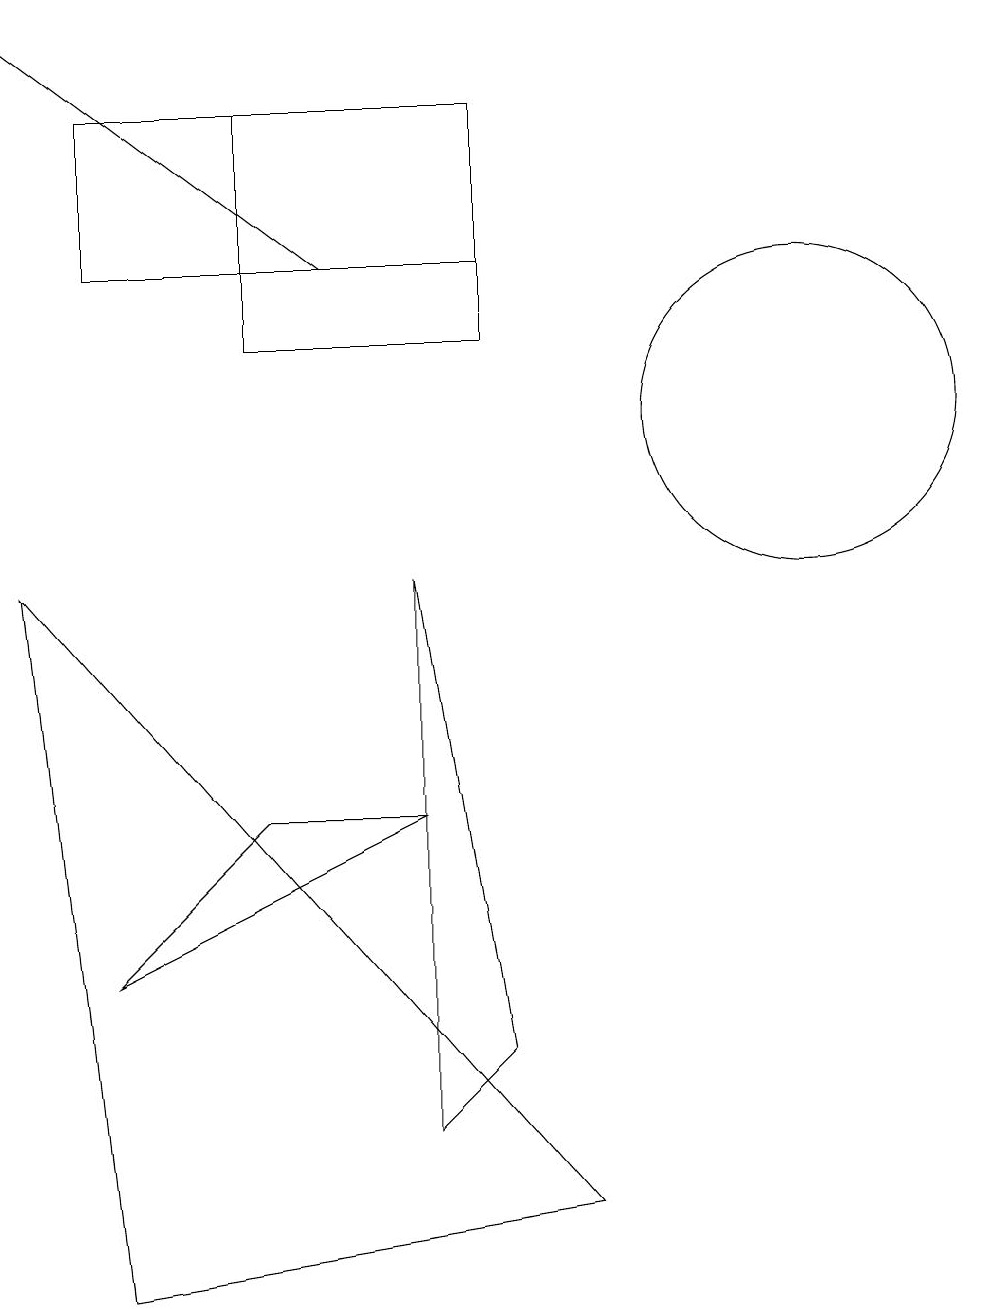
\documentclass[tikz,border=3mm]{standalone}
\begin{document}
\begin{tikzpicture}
\draw (4,12) rectangle (7,15);
\draw (6,6) -- (4,6) -- (2,4) -- cycle;
\draw[->] (5,13) -- (1,16);
\draw (7,13) rectangle (2,15);
\draw (6,9) -- (6,2) -- (7,3) -- cycle;
\draw (2,0) -- (8,1) -- (1,9) -- cycle;
\draw (11,11) circle (2);
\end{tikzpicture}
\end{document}